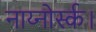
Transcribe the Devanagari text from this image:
नाय्नोर्स्क।